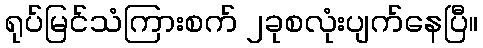
ရုပ်မြင်သံကြားစက် ၂ခုစလုံးပျက်နေပြီ။